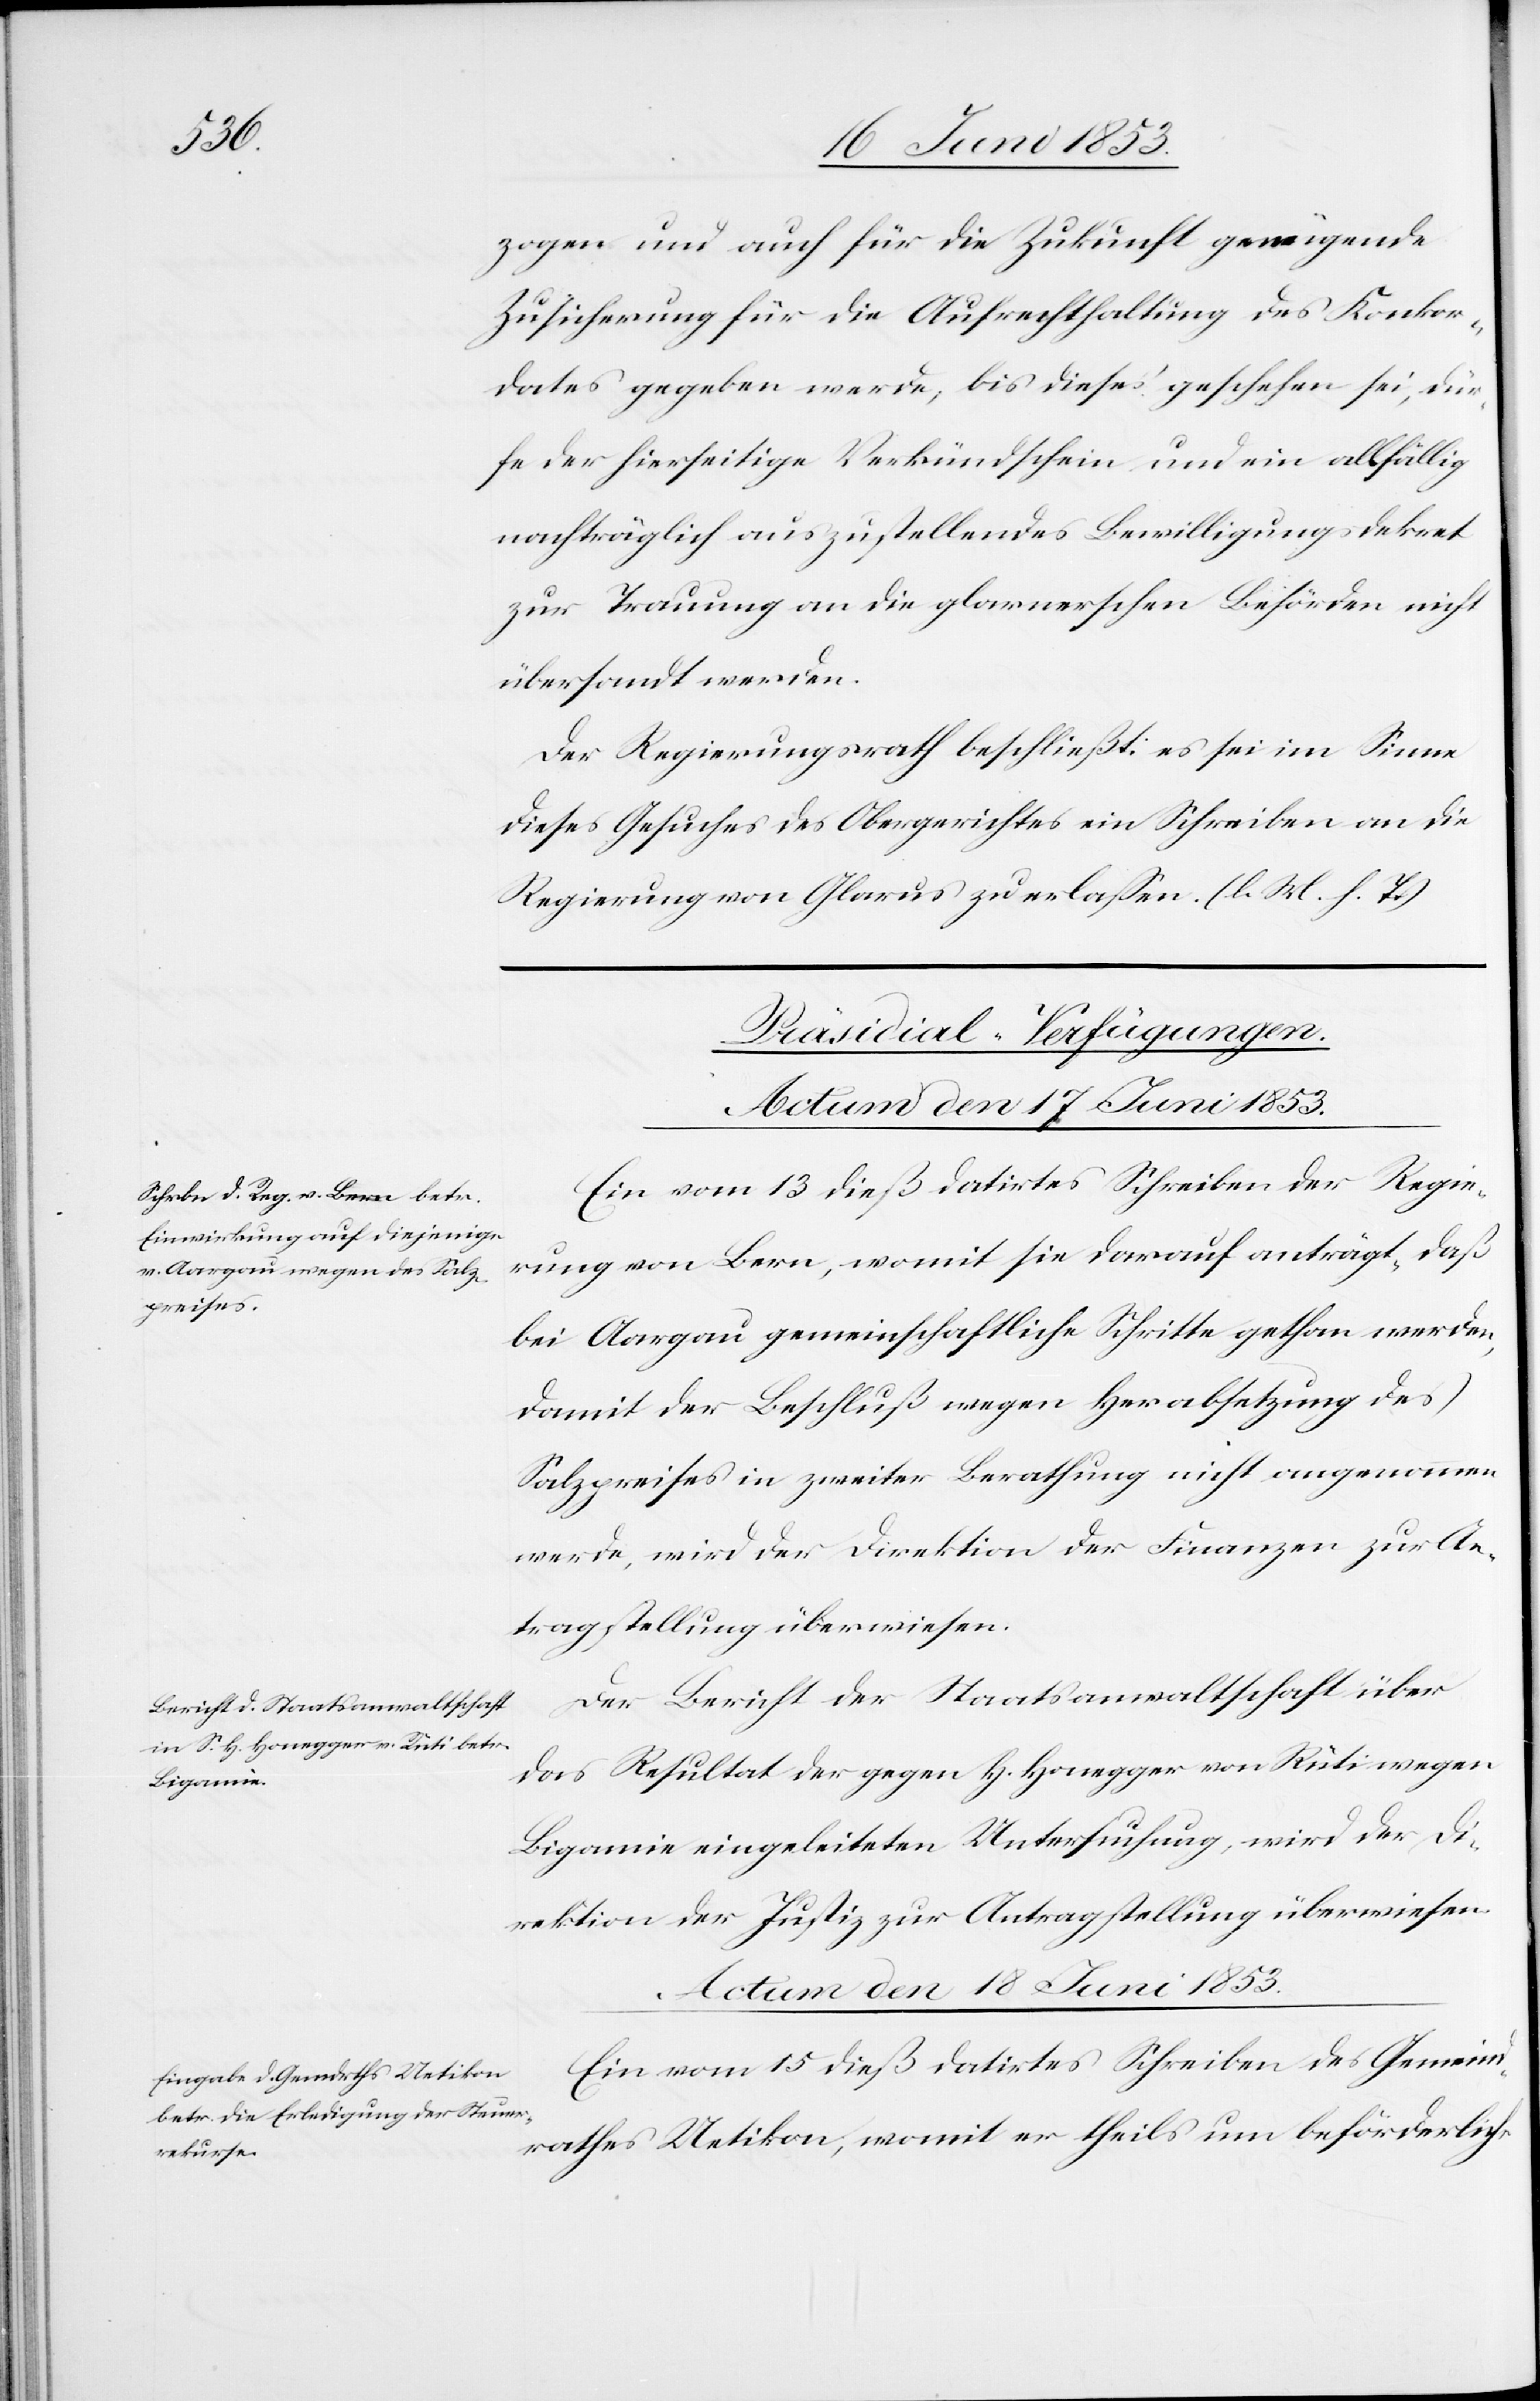
zogen und auch für die Zukunft genügende
Zusicherung für die Aufrechthaltung des Konkor¬
dates gegeben werde, bis dieses geschehen sei, dür¬
fe der hierseitige Verkündschein und ein allfällig
nachträglich auszustellendes Bewilligungsdekret
zur Trauung an die glarnerschen Behörden nicht
übersandt werden.
Der Regierungsrath beschließt: es sei im Sinne
dieses Gesuches des Obergerichtes ein Schreiben an die
Regierung von Glarus zu erlaßen. [l. M. h. T]
[Präsidial-Verfügungen.]
Actum dem 17 Juni 1853.]
Ein vom 13 dieß datirtes Schreiben der Regie¬
rung von Bern, womit sie darauf anträgt, daß
bei Aargau gemeinschaftliche Schritte gethan werden,
damit der Beschluß wegen Herabsetzung des
Salzpreises in zweiter Berathung nicht angenommen
werde, wird der Direktion der Finanzen zur An¬
tragstellung überwiesen.
Der Bericht der Staatsanwaltschaft über
das Resultat der gegen H. Honegger von Rüti wegen
Bigamie eingeleiteten Untersuchung, wird der Di¬
rektion der Justiz zur Antragsstellung überwiesen.
Actum den 18 Juni 1853.
Ein vom 15 dieß datirtes Schreiben des Gemeind¬
rathes Uetikon, womit er theils um beförderliche